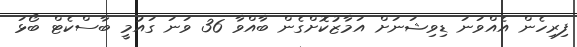
ފިރިހެން އެއްވަނަ ޑިވިޝަނަށް އަމާޒުކޮށްގެން ބާއްވާ 36 ވަނަ ގައުމީ ބާސްކެޓް ބޯޅަ